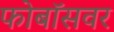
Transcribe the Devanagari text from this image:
फोबॉसवर